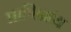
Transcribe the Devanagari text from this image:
प्राणिग्रंथ